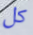
كل